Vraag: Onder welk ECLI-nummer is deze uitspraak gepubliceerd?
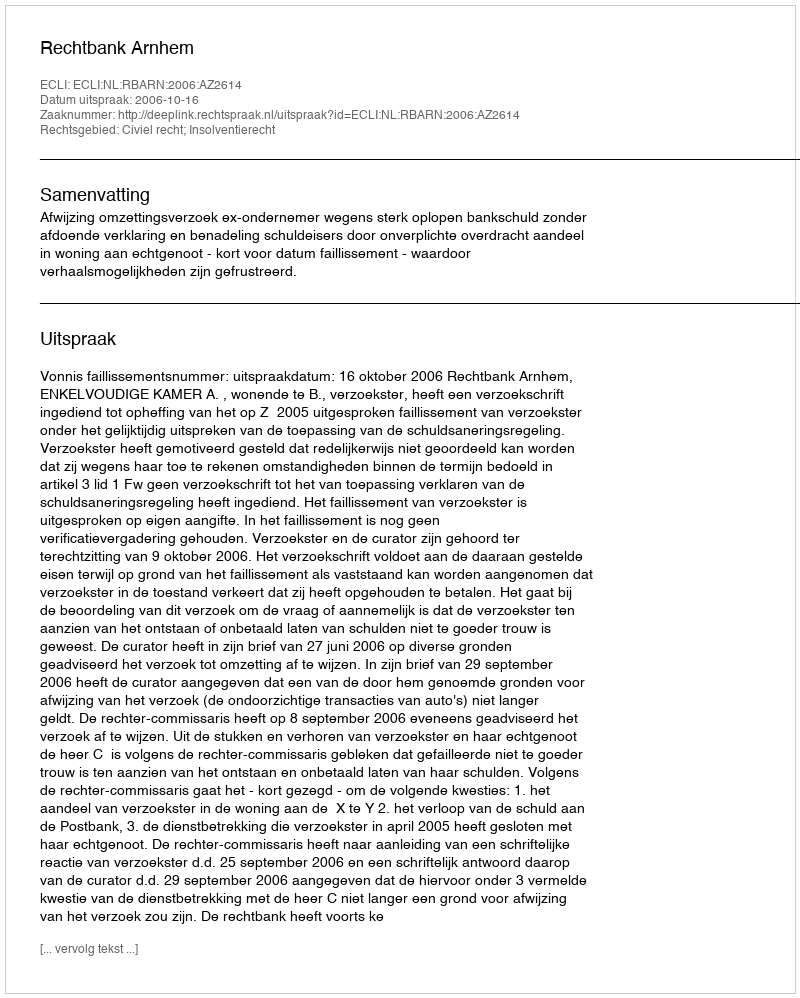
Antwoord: ECLI:NL:RBARN:2006:AZ2614